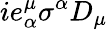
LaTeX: ie_{\alpha}^{\mu}\sigma^{\alpha}D_{\mu}